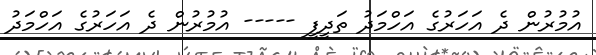
އުމުރުން ދެ އަހަރުގެ އަހްމަދު ތަދީފީ ----- އުމުރުން ދެ އަހަރުގެ އަހްމަދު